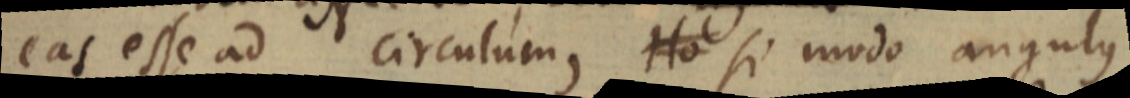
eas esse ad circulum, Ho si modo angulus